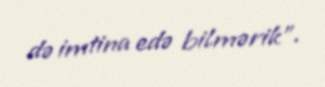
də imtina edə bilmərik”.